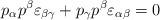
LaTeX: \begin{align*}p_{\alpha}p^{\beta}\varepsilon_{\beta \gamma} + p_{\gamma}p^{\beta}\varepsilon_{\alpha \beta} = 0 \end{align*}